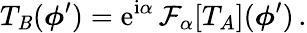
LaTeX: T_{\mathit{B}}(\boldsymbol\phi^{\prime})=\mathrm{{e}}^{\mathrm{{i}}\alpha}\, {\mathcal{F}}_{\alpha}[T_{A}](\boldsymbol\phi^{\prime})\, .